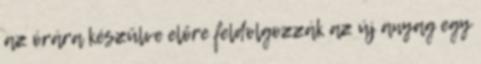
az órára készülve előre feldolgozzák az új anyag egy